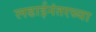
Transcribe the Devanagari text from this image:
लढाईनंतरच्या